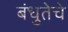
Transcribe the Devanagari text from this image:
बंधुतेचे